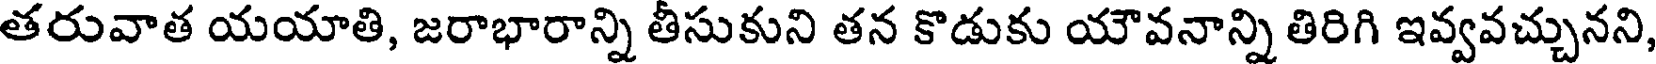
తరువాత యయాతి, జరాభారాన్ని తీసుకుని తన కొడుకు యౌవనాన్ని తిరిగి ఇవ్వవచ్చునని,